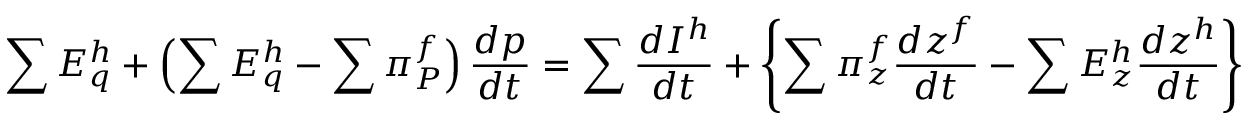
\sum E _ { q } ^ { h } + \left( \sum E _ { q } ^ { h } - \sum \pi _ { P } ^ { f } \right) { \frac { d p } { d t } } = \sum { \frac { d I ^ { h } } { d t } } + \left\{ \sum \pi _ { z } ^ { f } { \frac { d z ^ { f } } { d t } } - \sum E _ { z } ^ { h } { \frac { d z ^ { h } } { d t } } \right\}